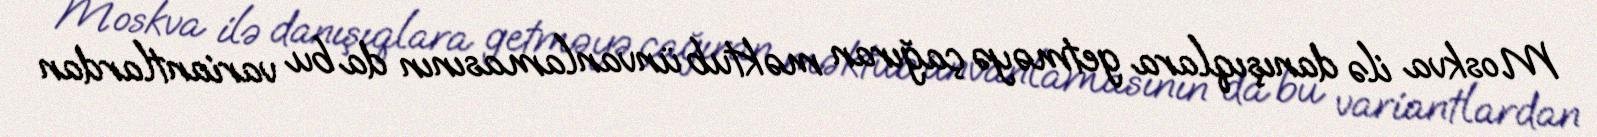
Moskva ilə danışıqlara getməyə çağıran məktub ünvanlamasının da bu variantlardan